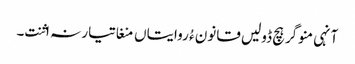
آنہی منوگر ہچ ڈولیں قانون ءُ روایتاں منغا تیار نہ اثنت۔